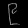
Digit: ၉